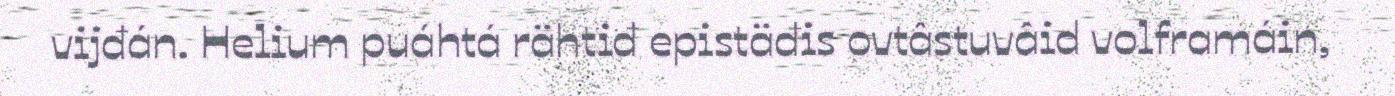
vijđán. Helium puáhtá rähtiđ epistäđis ovtâstuvâid volframáin,